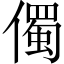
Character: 㒔